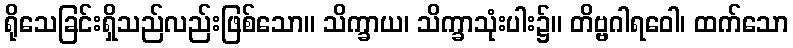
ရိုသေခြင်းရှိသည်လည်းဖြစ်သော။ သိက္ခာယ၊ သိက္ခာသုံးပါး၌။ တိဗ္ဗဂါရဝေါ၊ ထက်သော